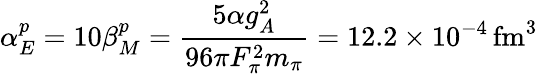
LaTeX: \alpha_{E}^{p}=10\beta_{M}^{p}={\frac{5\alpha g_{A}^{2}}{96\pi F_{\pi}^{2}m_{\pi}}}=12.2\times 10^{-4}\, \mathrm{fm}^{3}